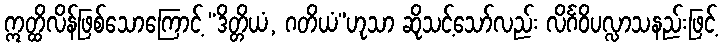
ဣတ္ထိလိန်ဖြစ်သောကြောင့် “ဒိတ္တိယံ, ဂတိယံ”ဟုသာ ဆိုသင့်သော်လည်း လိင်္ဂဝိပလ္လာသနည်းဖြင့်